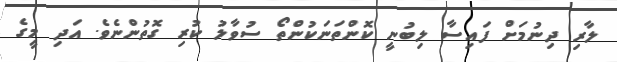
ލާރި ދިނުމަށް ފައިސާ ލިބުނީ ކޮންތަނަކުންތޯ ސުވާލު ކުރި ގޮތުންނެވެ. އަދި މީގެ